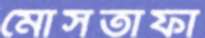
মোসতাফা